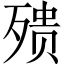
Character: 㱮